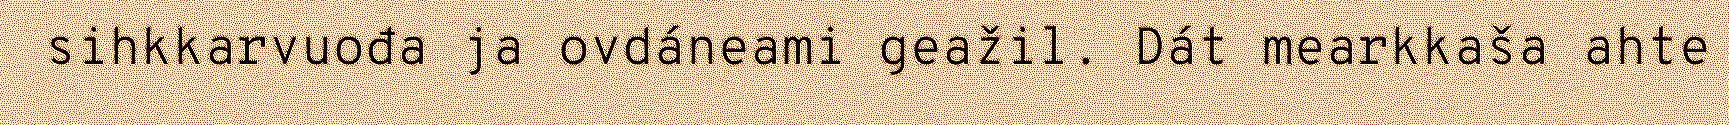
sihkkarvuođa ja ovdáneami geažil. Dát mearkkaša ahte